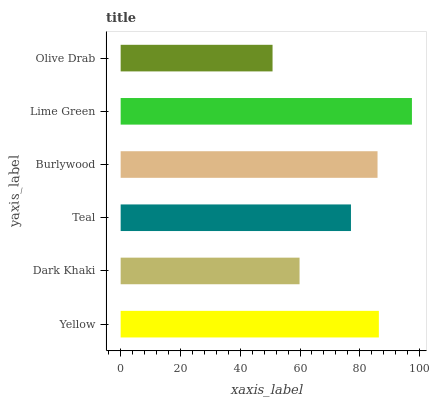
| yaxis_label | bars |
 | --- | --- |
 | Yellow | 86.4 |
 | Dark Khaki | 59.9 |
 | Teal | 77 |
 | Burlywood | 85.9 |
 | Lime Green | 97.4 |
 | Olive Drab | 50.8 |